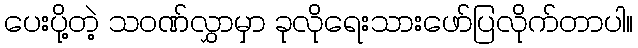
ပေးပို့တဲ့ သဝဏ်လွှာမှာ ခုလိုရေးသားဖော်ပြလိုက်တာပါ။